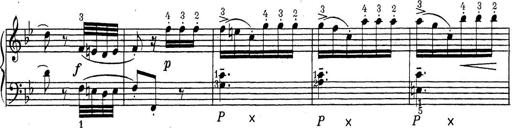
Title: ÄŒeskÃ© Sonatiny
Composer: Various